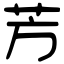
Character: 芳